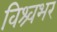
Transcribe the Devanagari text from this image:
विश्र्वभर